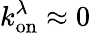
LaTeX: k_{\mathrm{on}}^{\lambda}\approx 0